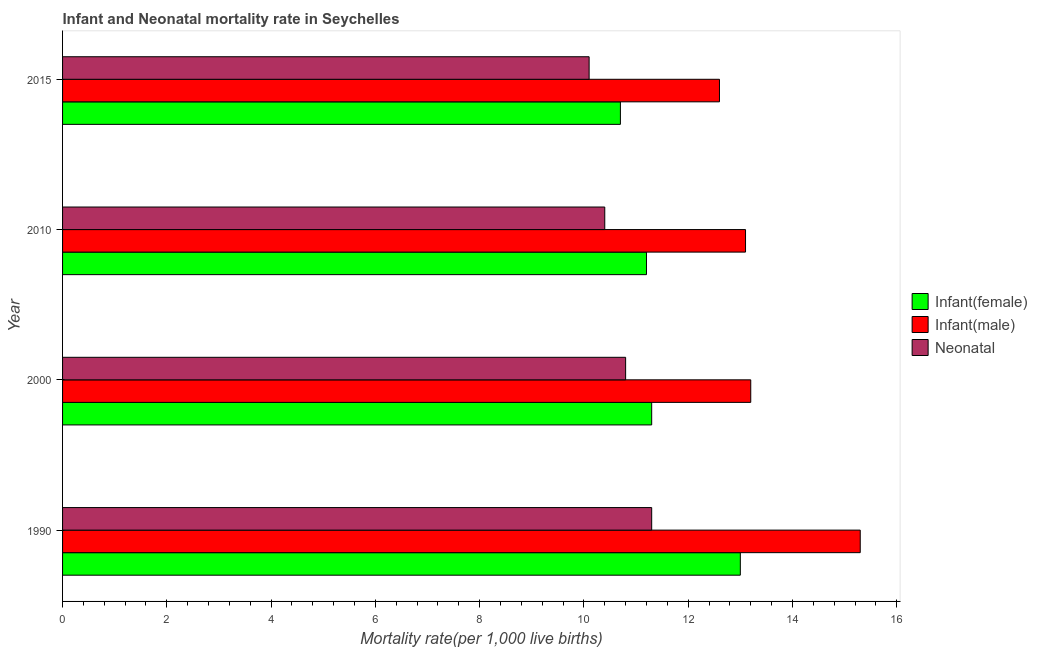
| Year | Infant(female) | Infant(male) | Neonatal  |
 | --- | --- | --- | --- |
 | 1990 | 13 | 15.3 | 11.3 |
 | 2000 | 11.3 | 13.2 | 10.8 |
 | 2010 | 11.2 | 13.1 | 10.4 |
 | 2015 | 10.7 | 12.6 | 10.1 |